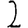
Digit: 2